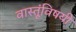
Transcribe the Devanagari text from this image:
वास्तूंविषयी